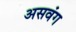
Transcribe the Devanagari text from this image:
असवंग